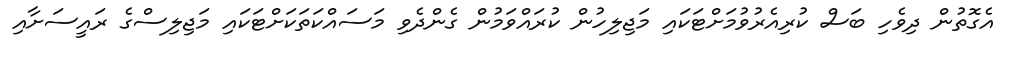
އެގޮތުން ދިވެހި ބަސް ކުރިއެރުވުމަށްޓަކައި މަޖިލިހުން ކުރައްވަމުން ގެންދެވި މަސައްކަތަކަށްޓަކައި މަޖިލިސްގެ ރައީސަށާއި